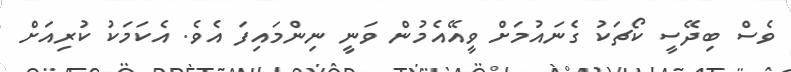
ވެސް ބިދޭސީ ކޯޗަކު ގެނައުމަށް ވީއޭއެމުން ވަނީ ނިންމައިފަ އެވެ. އެކަމަކު ކުރިއަށް